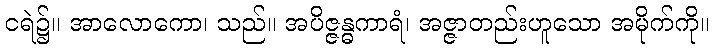
ငရဲ၌။ အာလောကော၊ သည်။ အပိဇ္ဇန္ဓကာရံ၊ အဇ္ဇာတည်းဟူသော အမိုက်ကို။